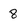
Character: 8